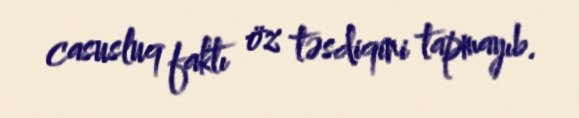
casusluq faktı öz təsdiqini tapmayıb.